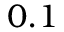
0 . 1